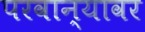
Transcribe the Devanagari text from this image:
परवान्यावर